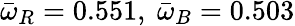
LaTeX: \bar{\omega}_{R}=0.551,\ \bar{\omega}_{B}=0.503